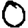
Digit: 0